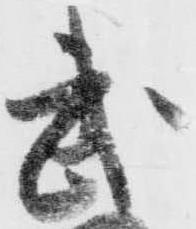
武